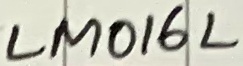
Text: LM016L